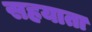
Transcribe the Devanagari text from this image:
सहयाता